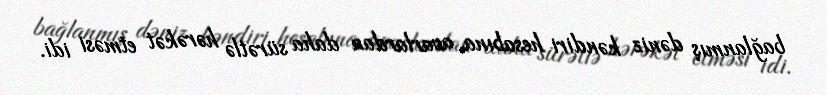
bağlanmış dəniz kəndiri hesabına, avarlardan daha sürətlə hərəkət etməsi idi.